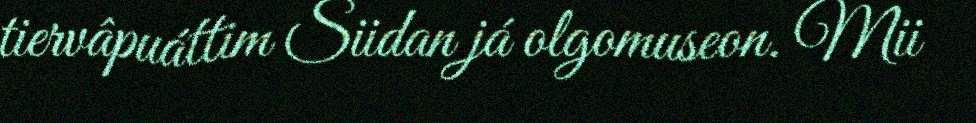
tiervâpuáttim Siidan já olgomuseon. Mii